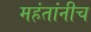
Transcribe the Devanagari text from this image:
महंतांनीच